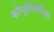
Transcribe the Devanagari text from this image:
कोन्ड्रोजिनेसिस